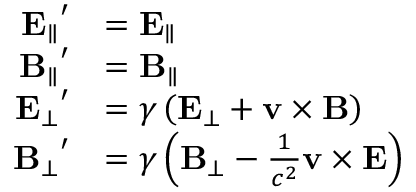
{ \begin{array} { r l } { \mathbf { E _ { \parallel } } ^ { \prime } } & { = \mathbf { E _ { \parallel } } } \\ { \mathbf { B _ { \parallel } } ^ { \prime } } & { = \mathbf { B _ { \parallel } } } \\ { \mathbf { E _ { \bot } } ^ { \prime } } & { = \gamma \left( \mathbf { E } _ { \bot } + \mathbf { v } \times \mathbf { B } \right) } \\ { \mathbf { B _ { \bot } } ^ { \prime } } & { = \gamma \left( \mathbf { B } _ { \bot } - { \frac { 1 } { c ^ { 2 } } } \mathbf { v } \times \mathbf { E } \right) } \end{array} }